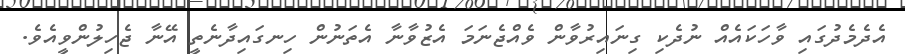
އެދެމެދުގައި ވާހަކައެއް ނުދެކި ގިނައިރުވާން ވެއްޖެނަމަ އެޒުވާނާ އެތަނުން ހިނގައިދާނެތީ އޭނާ ޖެހިލުންވީއެވެ.